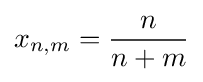
x_{n,m}={\frac {n}{n+m}}